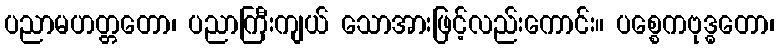
ပညာမဟတ္တတော၊ ပညာကြီးကျယ် သောအားဖြင့်လည်းကောင်း။ ပစ္စေကဗုဒ္ဓတော၊